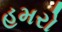
હમરો